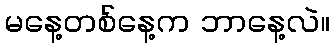
မနေ့တစ်နေ့က ဘာနေ့လဲ။